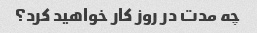
چه مدت در روز کار خواهید کرد؟